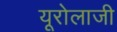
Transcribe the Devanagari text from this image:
यूरोलाजी